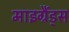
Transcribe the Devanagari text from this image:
माइग्रैंड्स